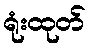
ရုံးထုတ်